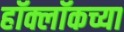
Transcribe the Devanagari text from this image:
हॉक्लॉकच्या